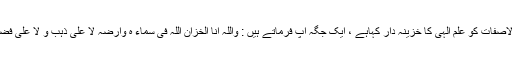
خود حضرت نے اپنی ذات والاصفات کو علم الٰہی کا خزینہ دار کہاہے ، ایک جگہ آپ فرماتے ہیں : واللہ انا الخزان اللہ فی سماء ہ وارضہ لا علی ذہب و لا علی فضة الا علی علمہ ”خدا کی قسم !